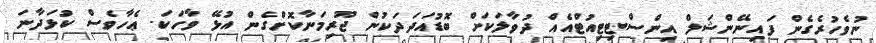
ނުވެހުރެގެން ފައިނޭންޝަލް އިންސްޓިޓިއުޓްއެއް ދުވާލަކަށް ބޮޑުއަދަދަކުން ޖޫރިމަނާކޮށްގެން އުޅޭ ވާހަކަ. ޢެހާވެސް ކުޅަދާނަ